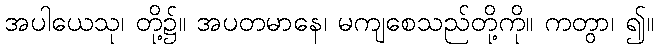
အပါယေသု၊ တို့၌။ အပတမာနေ၊ မကျစေသည်တို့ကို။ ကတွာ၊ ၍။